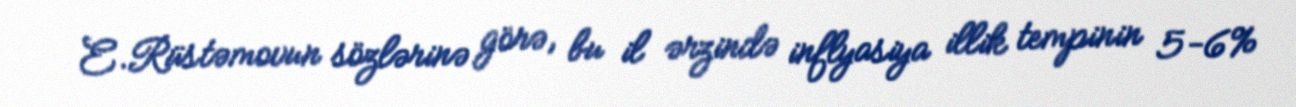
E.Rüstəmovun sözlərinə görə, bu il ərzində inflyasiya illik tempinin 5-6%